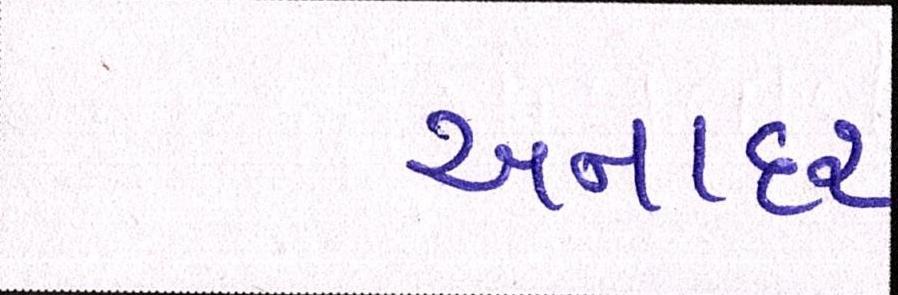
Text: અનાદર